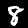
Digit: 8